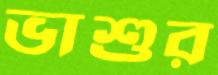
ভাশুর